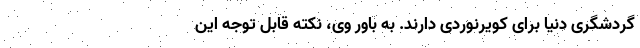
گردشگری دنیا برای کویرنوردی دارند. به باور وی، نکته قابل توجه این